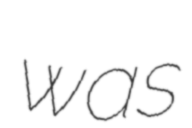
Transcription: was